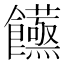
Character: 𮩙